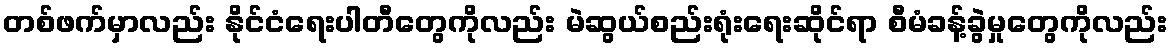
တစ်ဖက်မှာလည်း နိုင်ငံရေးပါတီတွေကိုလည်း မဲဆွယ်စည်းရုံးရေးဆိုင်ရာ စီမံခန့်ခွဲမှုတွေကိုလည်း